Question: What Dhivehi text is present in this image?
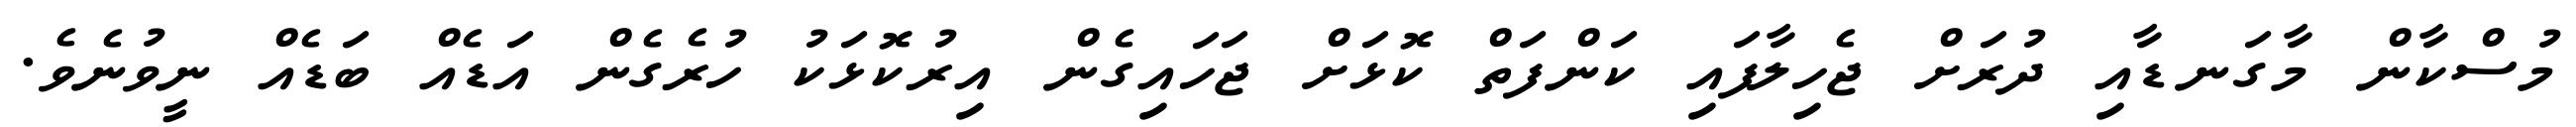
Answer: މުސްކާން މާގަނޑާއި ދުރަށް ޖެހިލާފައި ކަންފަތް ކޮޅަށް ޖަހައިގެން އިރުކޮޅަކު ހުރެގެން އަޑެއް ބަޑެއް ނީވުނެވެ.